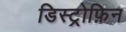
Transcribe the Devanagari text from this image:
डिस्ट्रोफ़िन